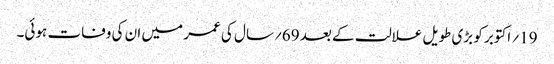
19؍ اکتوبر کو بڑی طویل علالت کے بعد 69؍سال کی عمر میں ان کی وفات ہوئی۔